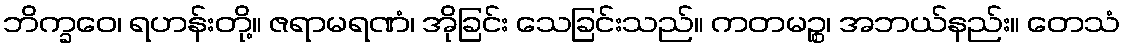
ဘိက္ခဝေ၊ ရဟန်းတို့။ ဇရာမရဏံ၊ အိုခြင်း သေခြင်းသည်။ ကတမဉ္စ၊ အဘယ်နည်း။ တေသံ